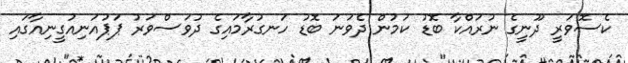
ކެސޮވަރީ ދޫނީގެ ނުރައްކާ ބޮޑު ކަމުން ދެވަނަ ބޮޑު ހަނގުރާމައިގެ ދުވަސްވަރު ޕަޕުއަނިއުގީނިއާގައި